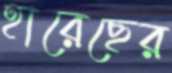
হারেছের